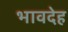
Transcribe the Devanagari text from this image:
भावदेह